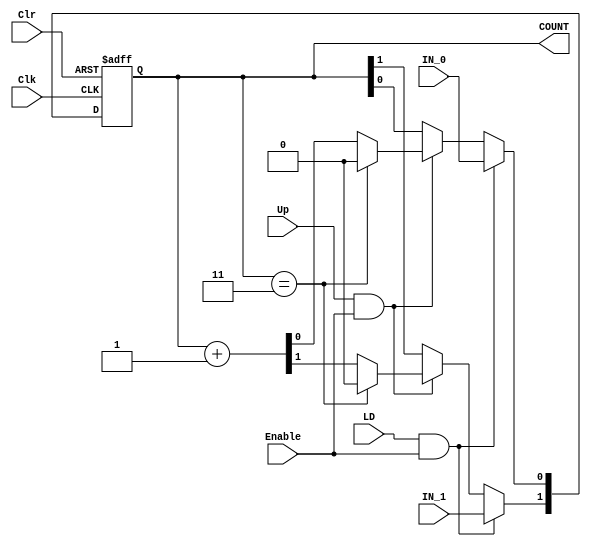
// COUNTER WITH CLR, CLOCK, ENABLE, LOAD AND UP
// Decidir si el LD va a ser activo bajo o activo alto
module counter_0_3(output reg [1:0] COUNT, input IN_1, IN_0, input LD, Up, Clr, Clk, Enable);
	initial begin
		COUNT <= 2'b00;
	end
	always @( posedge Clk, negedge Clr)
		if (~Clr) COUNT <= 2'b00;
		else if (LD & Enable) begin
			COUNT[0] <= IN_0;
			COUNT[1] <= IN_1;
		end
		else if (Up & Enable) begin
			if(COUNT==2'b11) COUNT <= 2'b00;
			else COUNT <= COUNT + 2'b01;
		end
endmodule